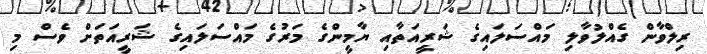
ރިލްވާން ގެއްލުވާލި މައްސަލައިގެ ޝަރީއަތާއި ޔާމީންގެ މަރުގެ މައްސަލައިގެ ޝަރީއަތަށް ވެސް މި